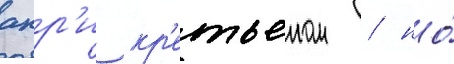
анр'и кр'етьеном / но́